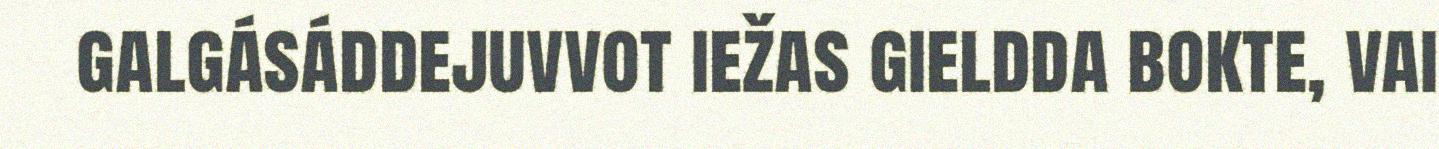
galgásáddejuvvot iežas gieldda bokte, vai